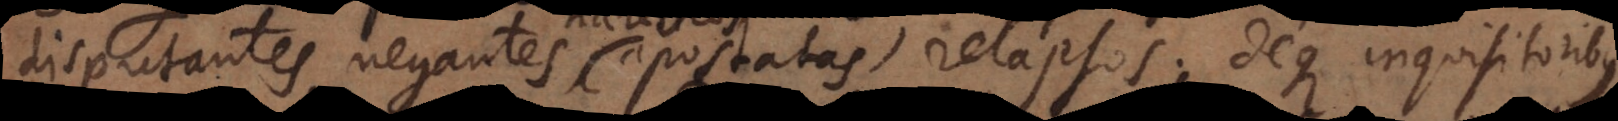
disputantes, negantes, apostatas, relapsos; deque inquisitoribus